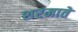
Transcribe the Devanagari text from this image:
शरमाते